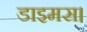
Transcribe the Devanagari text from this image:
डाइमस।